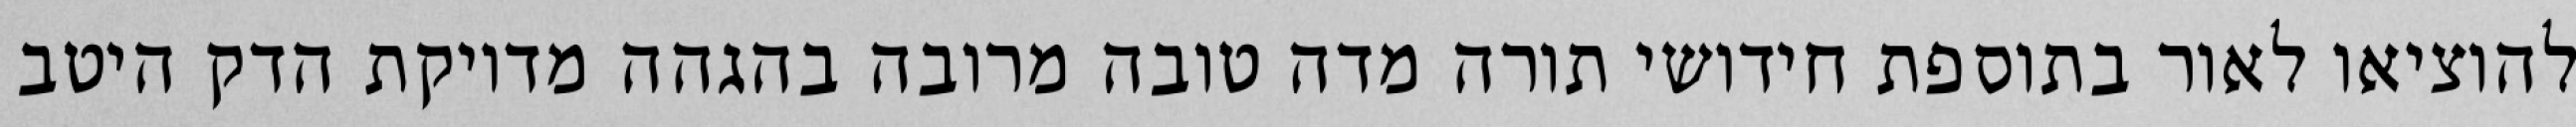
להוציאו לאור בתוספת חידושי תורה מדה טובה מרובה בהגהה מדויקת הדק היטב